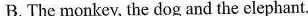
B.The monkey, the dog and the elephant.